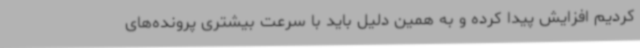
کردیم افزایش پیدا کرده و به همین دلیل باید با سرعت بیشتری پرونده‌های